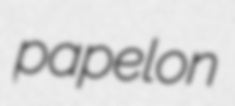
papelon